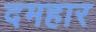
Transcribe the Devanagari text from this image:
दमहार